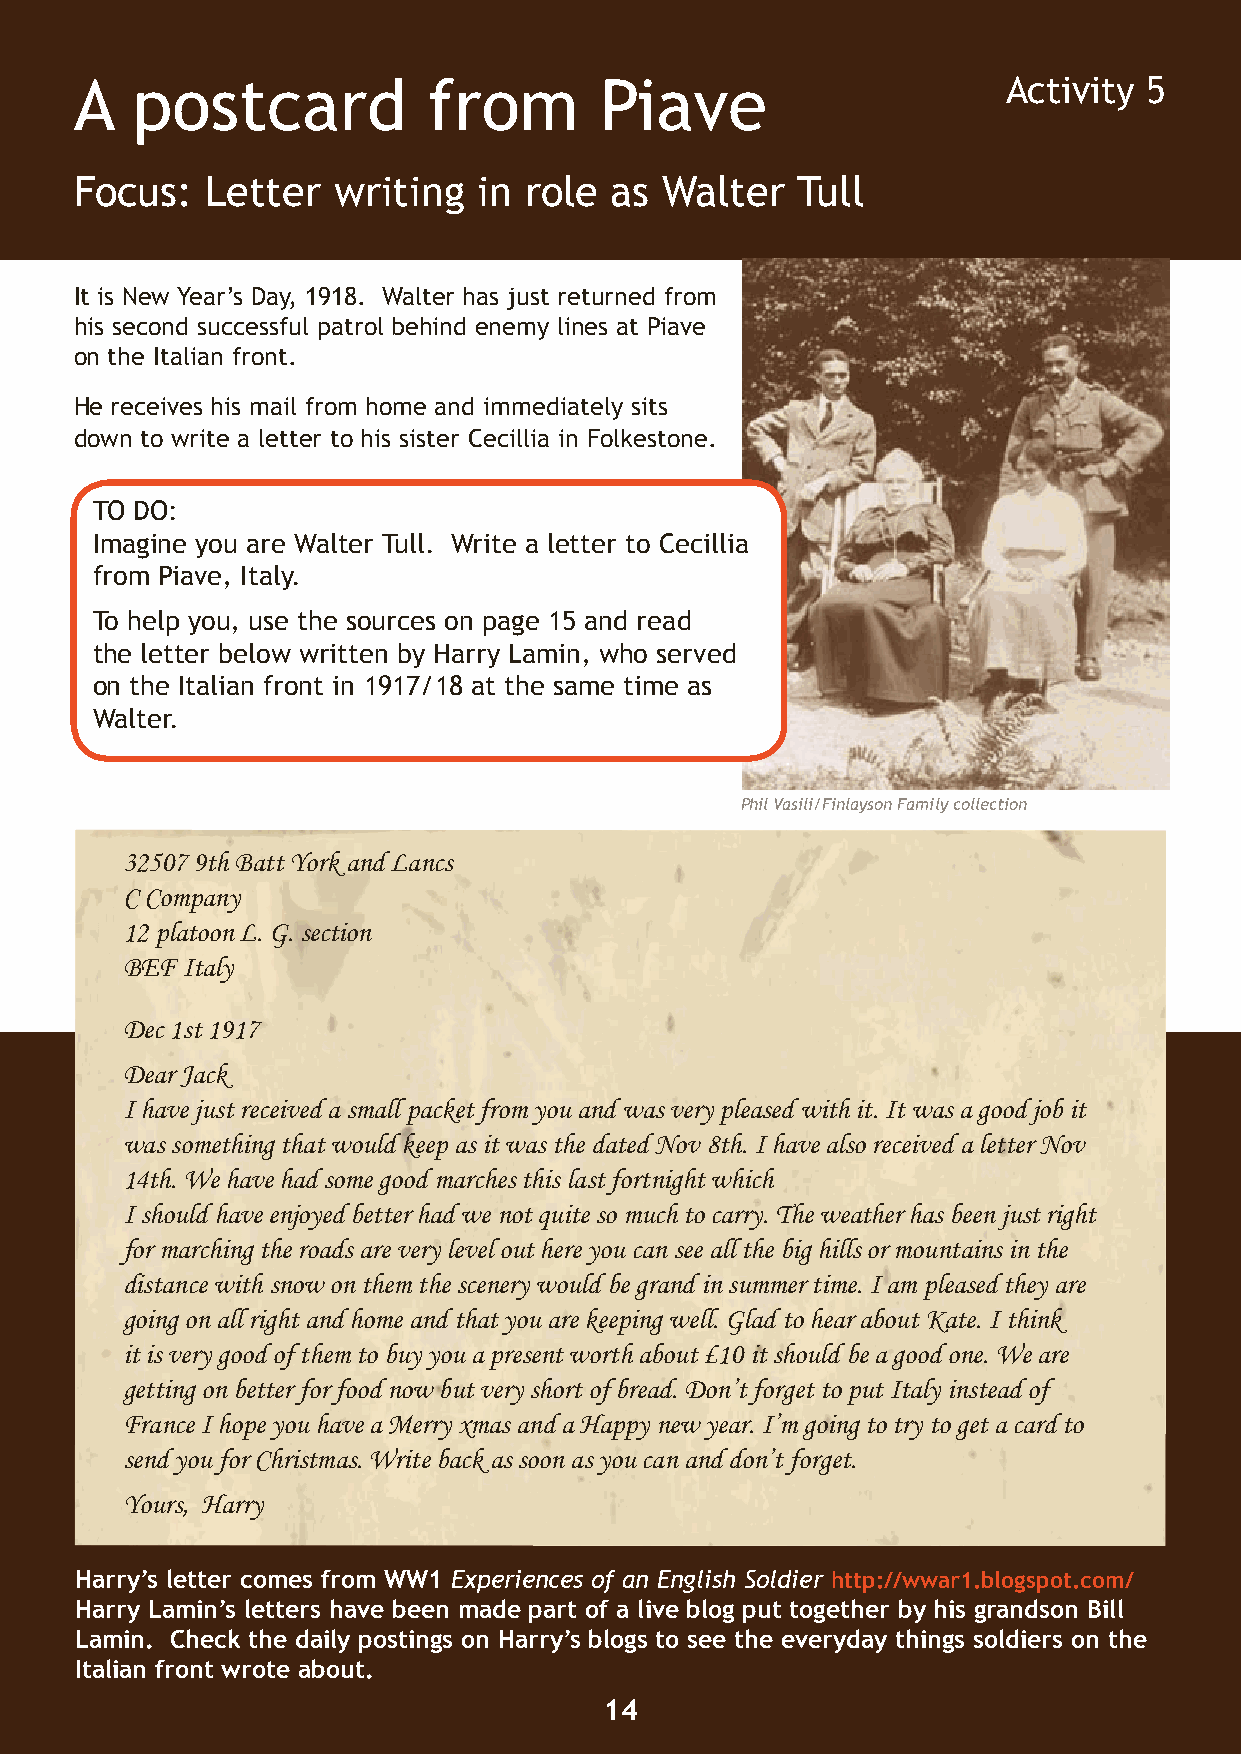
A   postcard           from        Piave                      Activity 5
 Focus:   Letter  writing   in role as  Walter   Tull
 It is New Year’s Day, 1918. Walter has just returned from
 his second successful patrol behind enemy lines at Piave
 on the Italian front.
 He receives his mail from home and immediately sits
 down to write a letter to his sister Cecillia in Folkestone.
 TO DO:
 Imagine you are Walter Tull. Write a letter to Cecillia
 from Piave, Italy.
 To help you, use the sources on page 15 and read
 the letter below written by Harry Lamin, who served
 on the Italian front in 1917/18 at the same time as
 Walter.
 Phil Vasili/Finlayson Family collection
 32507 9th Batt York and Lancs
 C Company
 12 platoon L. G. section
 BEF Italy
 Dec 1st 1917
 Dear Jack
 I have just received a small packet from you and was very pleased with it. It was a good job it
 was something that would keep as it was the dated Nov 8th. I have also received a letter Nov
 14th. We have had some good marches this last fortnight which
 I should have enjoyed better had we not quite so much to carry. The weather has been just right
 for marching the roads are very level out here you can see all the big hills or mountains in the
 distance with snow on them the scenery would be grand in summer time. I am pleased they are
 going on all right and home and that you are keeping well. Glad to hear about Kate. I think
 it is very good of them to buy you a present worth about £10 it should be a good one. We are
 getting on better for food now but very short of bread. Don’t forget to put Italy instead of
 France I hope you have a Merry xmas and a Happy new year. I’m going to try to get a card to
 send you for Christmas. Write back as soon as you can and don’t forget.
 Yours, Harry
 Harry’s letter comes from WW1 Experiences of an English Soldier http://wwar1.blogspot.com/
 Harry Lamin’s letters have been made part of a live blog put together by his grandson Bill
 Lamin. Check the daily postings on Harry’s blogs to see the everyday things soldiers on the
 Programme from the 1915 F.A. Cup Final, when Sheffield Utd beat Chelsea 3-0, Football Association Italian front wrote about.
 13                                      14